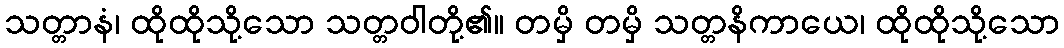
သတ္တာနံ၊ ထိုထိုသို့သော သတ္တဝါတို့၏။ တမှိ တမှိ သတ္တနိကာယေ၊ ထိုထိုသို့သော